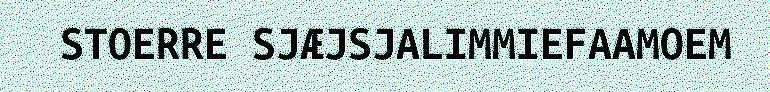
STOERRE SJÆJSJALIMMIEFAAMOEM